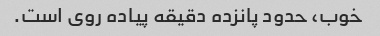
خوب، حدود پانزده دقیقه پیاده روی است.